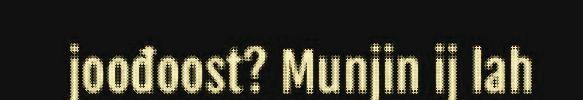
joođoost? Munjin ij lah